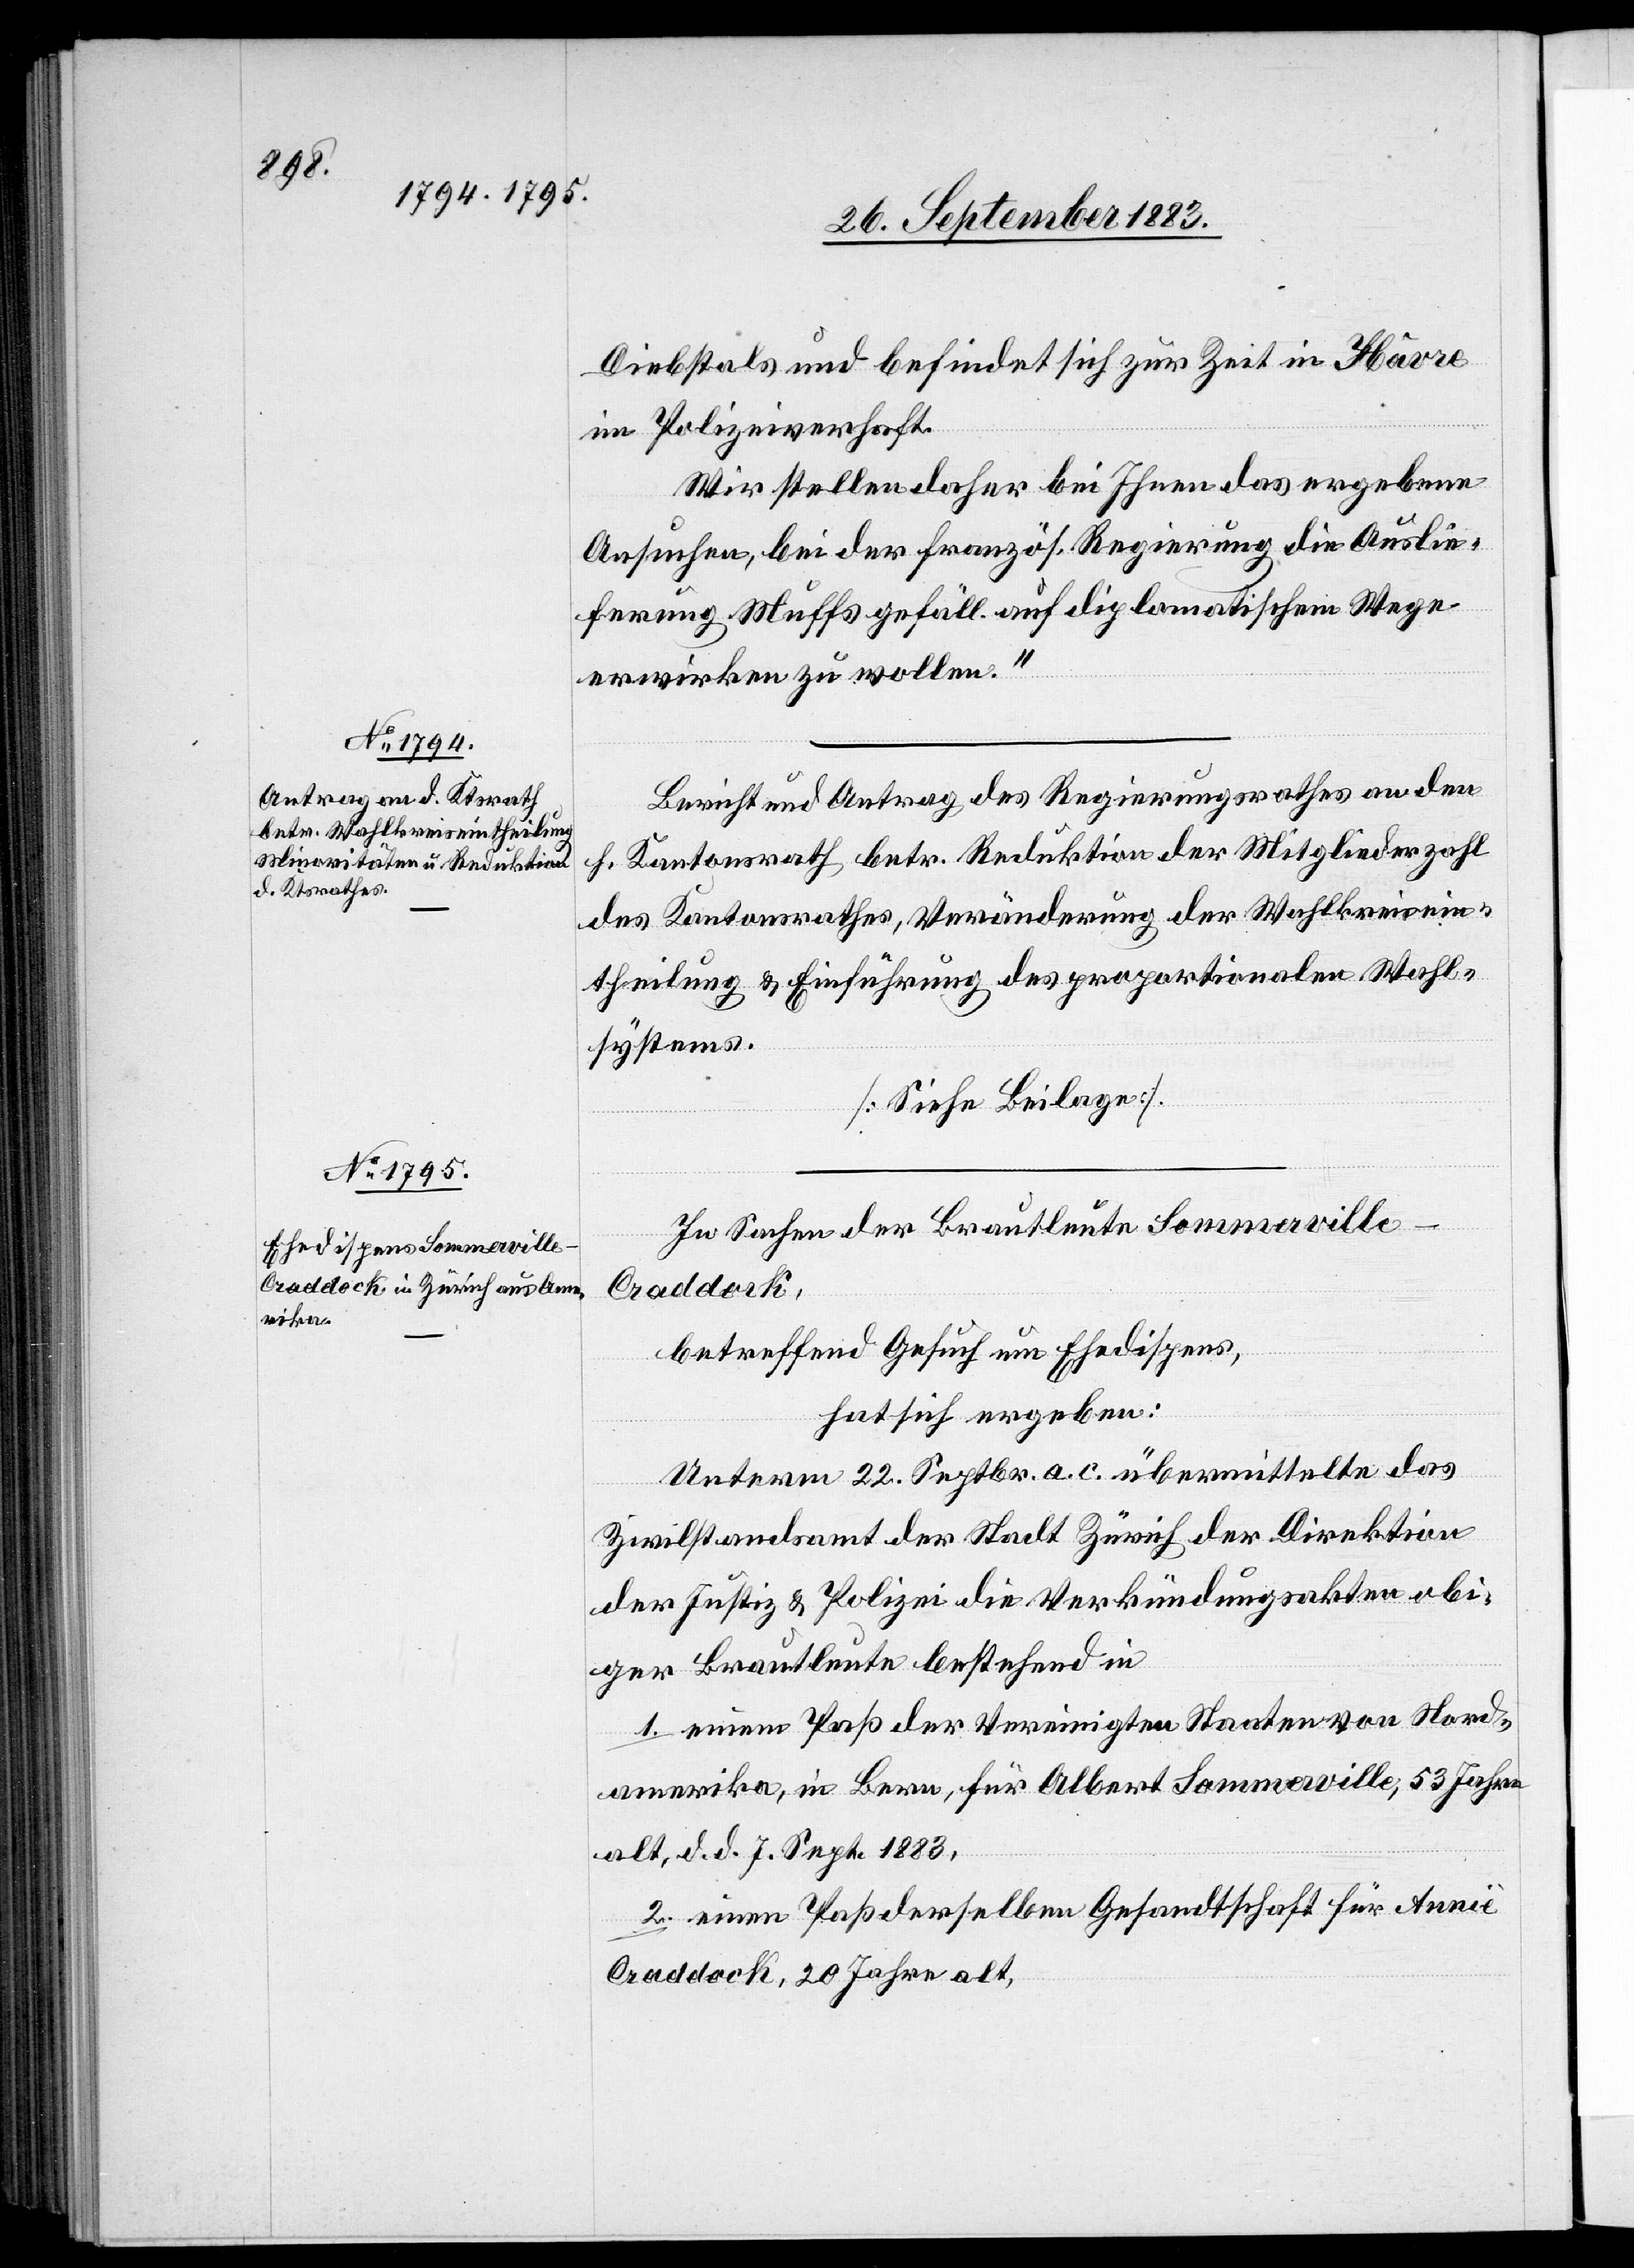
Diebstals und befindet sich zur Zeit in Hâvre
im Polizeiverhaft.
Wir stellen daher bei Ihnen das ergebene
Ansuchen, bei der französ. Regierung die Auslie¬
ferung Muffs gefäll. auf diplomatischem Wege
erwirken zu wollen.“
Bericht und Antrag des Regierungsrathes an den
h. Kantonsrath betr. Reduktion der Mitgliederzahl
des Kantonsrathes, Veränderung der Wahlkreisein¬
theilung & Einführung des proportionalen Wahl¬
systems.
[Siehe Beilage].
In Sachen der Brautleute Sommervill¬
e-Craddock,
betreffend Gesuch um Ehedispens,
hat sich ergeben:
Unterm 22. Septbr. a. c. übermittelte das
Zivilstandesamt der Stadt Zürich der Direktion
der Justiz & Polizei die Verkündungsakten obi¬
ger Brautleute bestehend in
1. einem Paß der Vereinigten Staaten von Nord¬
amerika, in Bern, für Albert Sommerville, 53 Jahre
alt, d. d. 7. Sept. 1883,
2. einen [sic] Paß derselben Gesandtschaft für Anniè
Craddock, 20 Jahre alt,